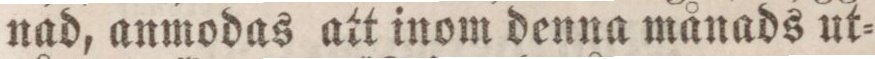
nad, anmodas att inom denna månads ut=